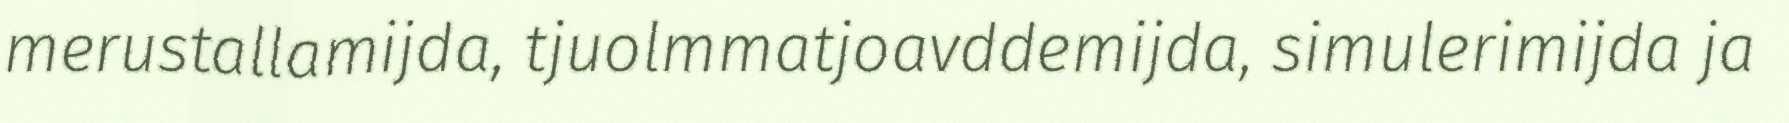
merustallamijda, tjuolmmatjoavddemijda, simulerimijda ja